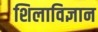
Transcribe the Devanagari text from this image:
शिलाविज्ञान